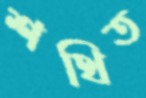
শথিত